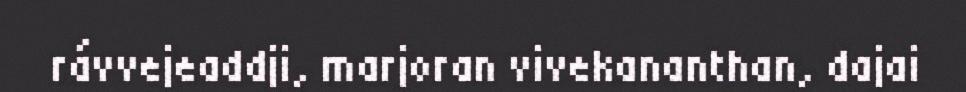
rávvejeaddji, marjoran vivekananthan, dajai